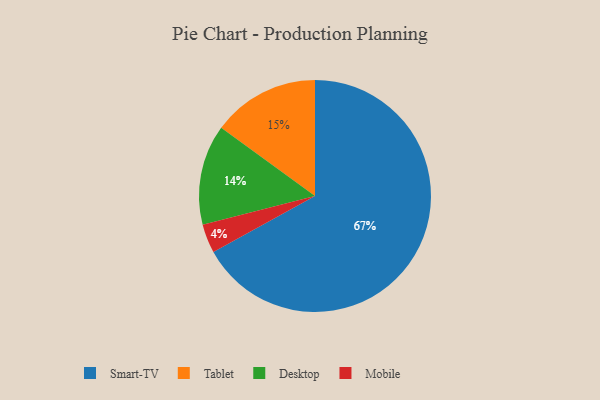
{"axis": {"x": "Category", "y": "Percentage"}, "legend": ["Desktop", "Mobile", "Smart-TV", "Tablet"], "data": [{"x": "Smart-TV", "y": 67, "type": "Smart-TV"}, {"x": "Tablet", "y": 15, "type": "Tablet"}, {"x": "Mobile", "y": 4, "type": "Mobile"}, {"x": "Desktop", "y": 14, "type": "Desktop"}]}